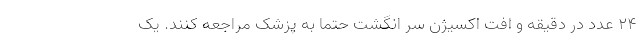
۲۴ عدد در دقیقه و افت اکسیژن سر انگشت حتما به پزشک مراجعه کنند. یک